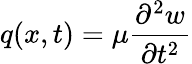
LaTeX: q(x,t)=\mu{\frac{\partial^{2}w}{\partial t^{2}}}